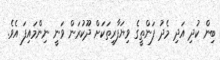
ބިން ކުދި އަދި މެދު ފަންތީގެ ވިޔަފާރިތަކަށް ދޫކުރަން ވަނީ ނިންމައިފަ އެވެ.